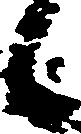
候